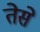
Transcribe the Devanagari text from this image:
तेसे